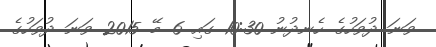
ވަނަ ދުވަހުގެ ހެނދުނު 10:30 ގައި 6 މޭ 2015 ވަނަ ދުވަހުގެ